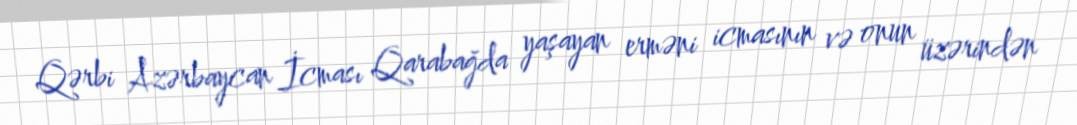
Qərbi Azərbaycan İcması Qarabağda yaşayan erməni icmasının və onun üzərindən